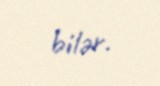
bilər.